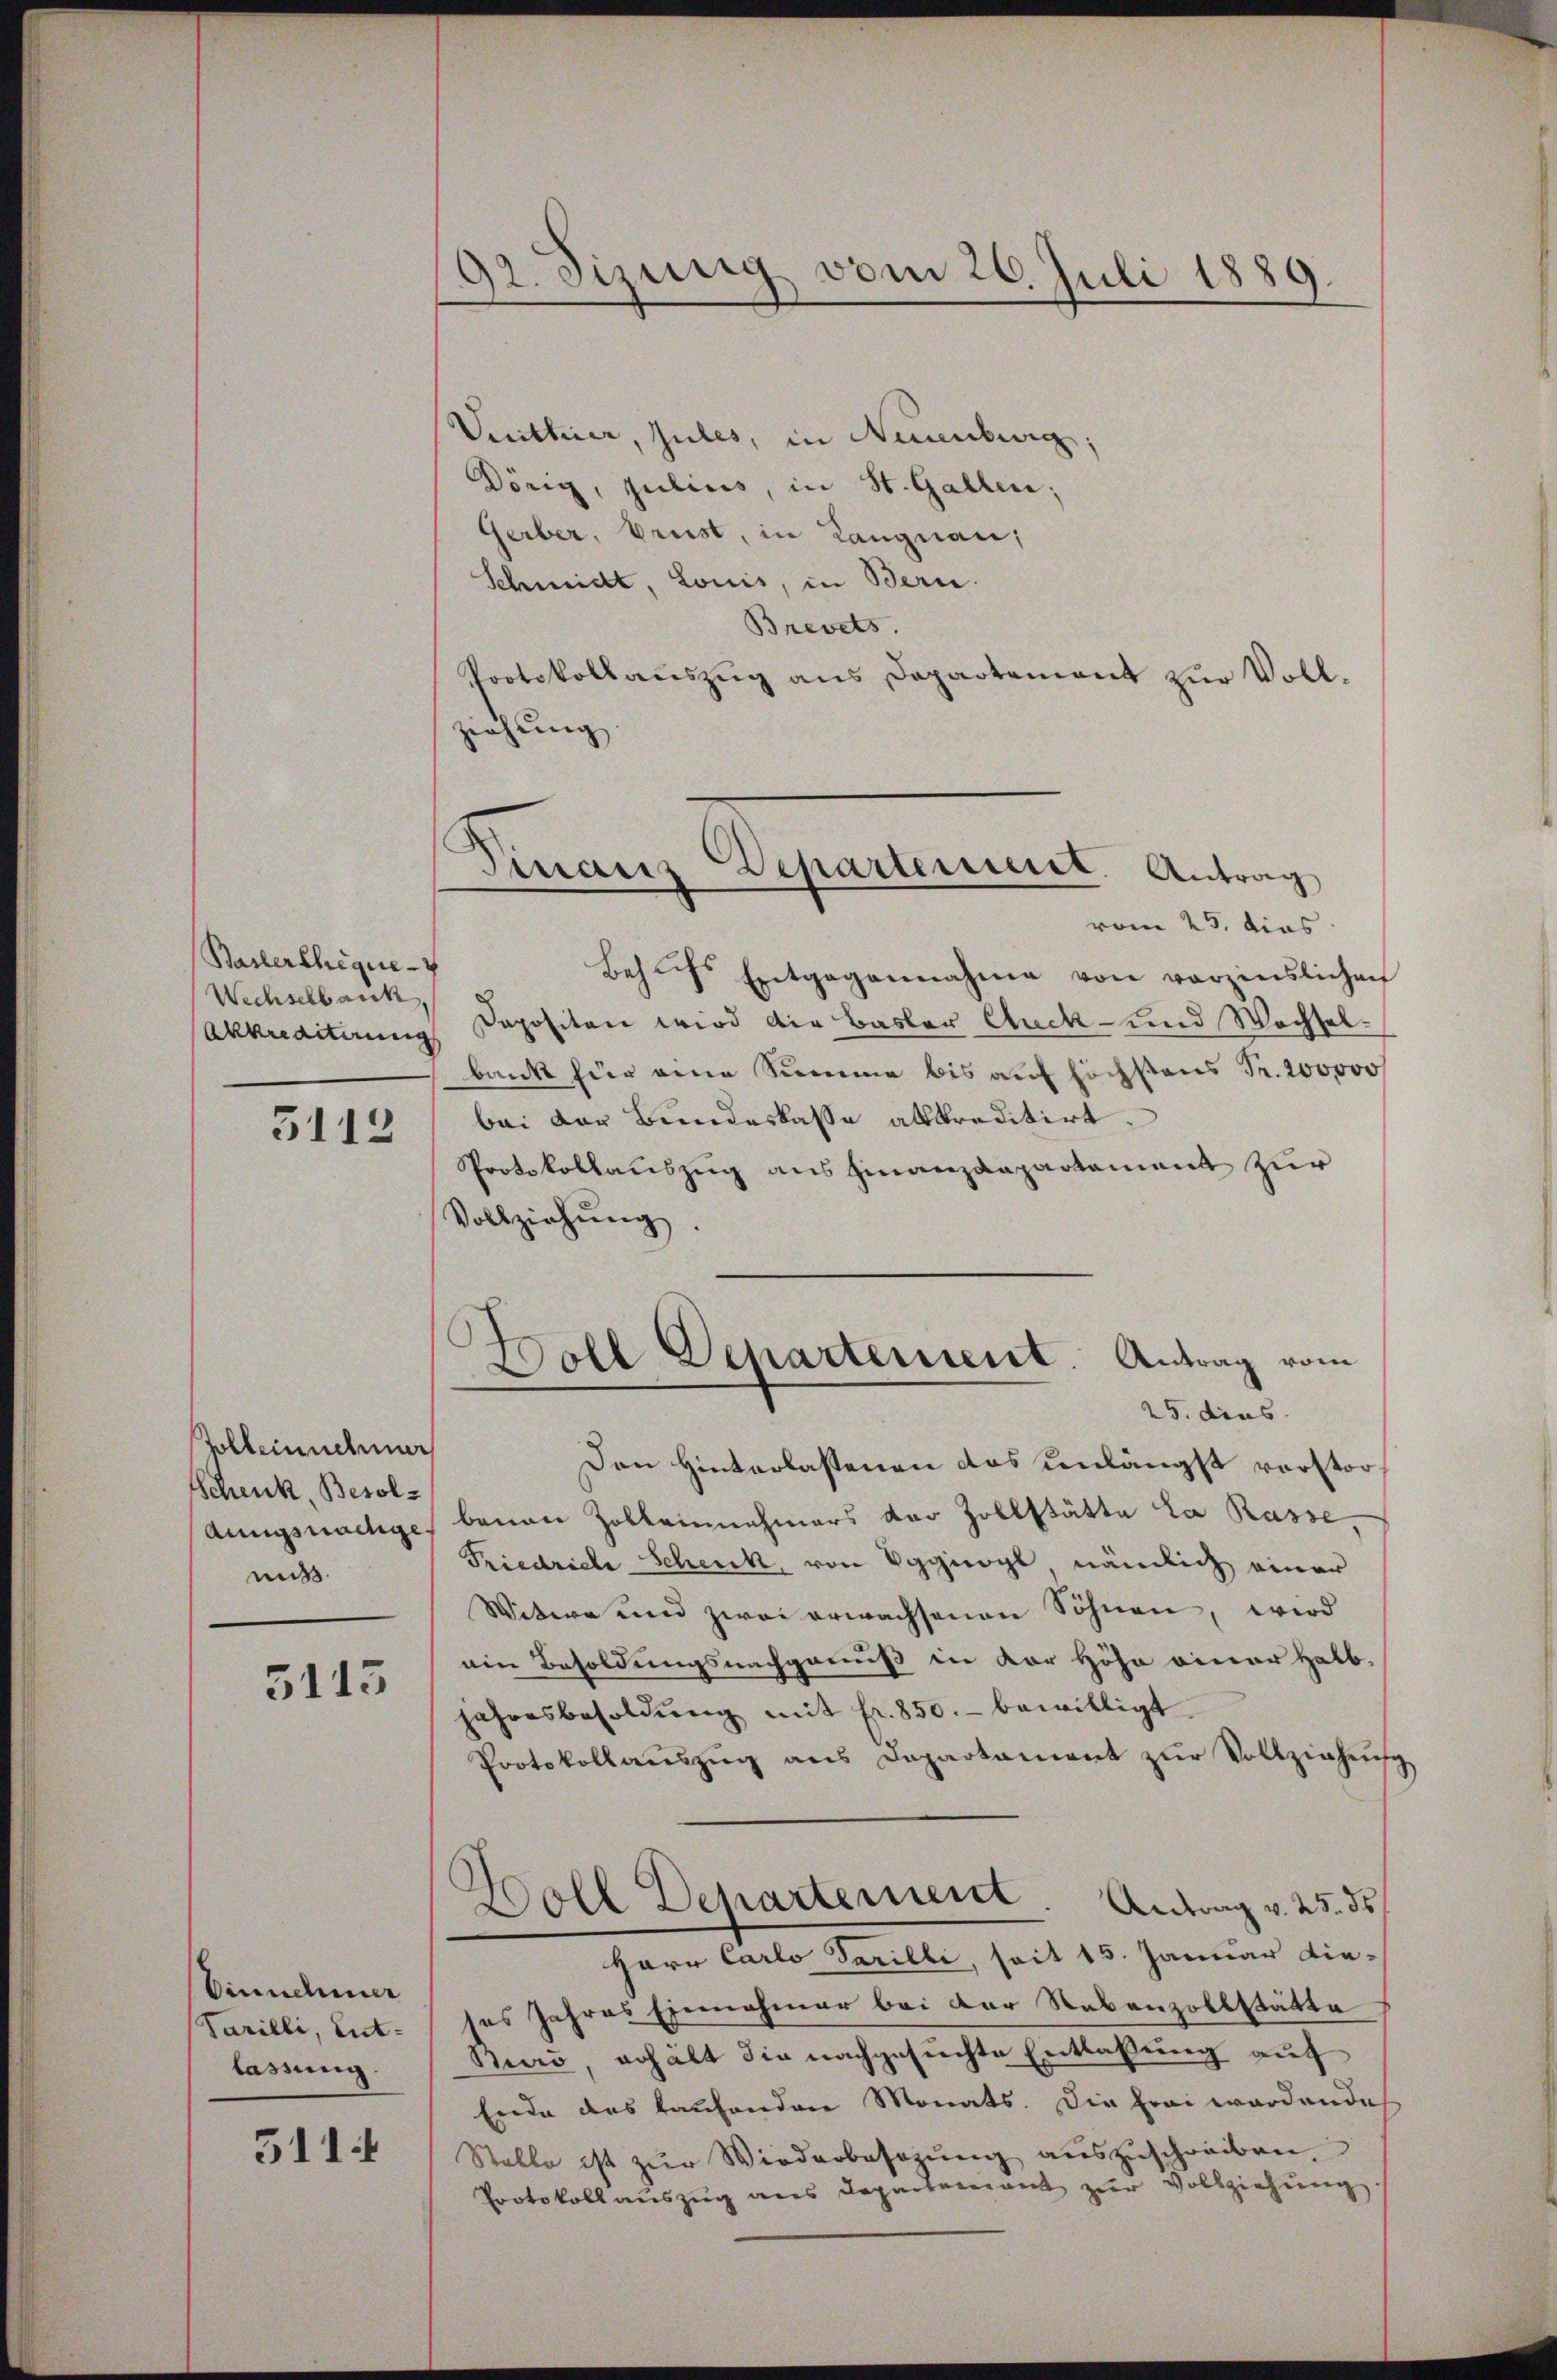
Baslershique-
Wechsehbarik,
5112

Zolbeinnehmer
Schenk, Besoldungsnachge
miß

5115

Einnehmer
Varilli, Ent-
lassung.

5114

92. Sizung vom 26. Juli 1889.

Finanz Departement. Antrag

Vuittier, Jules, in Neuenburg,
Dörig, julius, in St. Gallen;
Gerber, Brust, in Langnau,
Schmidt, Louis, in Bern.
Brevets.
Protokollauszug aus Departement zur Vollziehŭng
vom 25. dies
Behŭfs Entgegennahme von vorzinslichen
Akkreditirung Sapositen wird die Basler Cluck- und Wechselbank für eine Summe bis auf höchstens Fr. 200000 f
bei der Bundeskasse altkreditirt.
Protokollauszug aus Finanzdepartement zur
Vollziehŭng.
s
Doll Departement. Antrag vom
25. dies
Den Hinterlassenen das unlängst verstor
benen Holbeinnahmers der Zollstätte la Rasse,
Friedriche Schenk, von Eggnogl, nämlich einer
Witwe und zwei erwachsenen Söhnen, wird
ein Besoldungsnachgenuß in der Höhe einer Halb-
jahresbesoldŭng mit fr. 850.- bewilligt.
Protokollaŭszŭg ans Departament zŭr Vollziehung
Boll Departement. Antrag v. 25. ds.
Herr Carlo Tarilli, seit 15. Januar die-
ses Jahres Einnahmer bei der Nebenzollstätte
Bard, erhält die nachgesuchte Entlaßung auf
Erde des tausenden Monats. Die Frei wordende
Stalle ist zur Wiederbesezung auszuschreiben
Protokoll auszug aus Departement zur Vollziehung